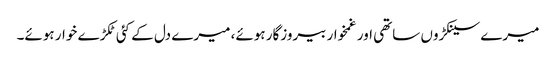
میرے سینکڑوں ساتھی اور غمخوار بیروزگار ہوئے، میرے دل کے کئی ٹکڑے خوار ہوئے۔